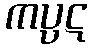
ကပ္ပဋ